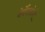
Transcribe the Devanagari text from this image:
वेर्बेनाकेऐ